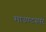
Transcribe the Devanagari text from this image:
माउण्टस्पर